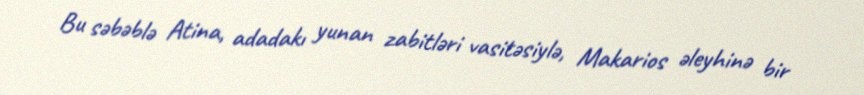
Bu səbəblə Atina, adadakı yunan zabitləri vasitəsiylə, Makarios əleyhinə bir